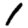
Digit: 1